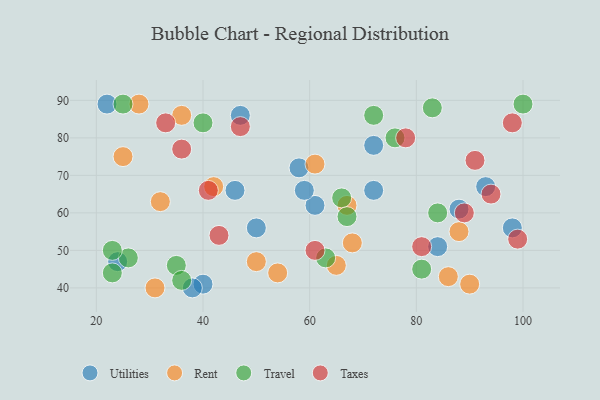
{"axis": {"x": "GDP", "y": "Life Expectancy"}, "legend": ["Rent", "Taxes", "Travel", "Utilities"], "data": [{"x": "22", "y": 89, "type": "Utilities"}, {"x": "46", "y": 66, "type": "Utilities"}, {"x": "61", "y": 62, "type": "Utilities"}, {"x": "47", "y": 86, "type": "Utilities"}, {"x": "84", "y": 51, "type": "Utilities"}, {"x": "98", "y": 56, "type": "Utilities"}, {"x": "59", "y": 66, "type": "Utilities"}, {"x": "93", "y": 67, "type": "Utilities"}, {"x": "58", "y": 72, "type": "Utilities"}, {"x": "40", "y": 41, "type": "Utilities"}, {"x": "24", "y": 47, "type": "Utilities"}, {"x": "38", "y": 40, "type": "Utilities"}, {"x": "50", "y": 56, "type": "Utilities"}, {"x": "72", "y": 78, "type": "Utilities"}, {"x": "72", "y": 66, "type": "Utilities"}, {"x": "88", "y": 61, "type": "Utilities"}, {"x": "67", "y": 62, "type": "Rent"}, {"x": "88", "y": 55, "type": "Rent"}, {"x": "50", "y": 47, "type": "Rent"}, {"x": "86", "y": 43, "type": "Rent"}, {"x": "32", "y": 63, "type": "Rent"}, {"x": "61", "y": 73, "type": "Rent"}, {"x": "90", "y": 41, "type": "Rent"}, {"x": "31", "y": 40, "type": "Rent"}, {"x": "68", "y": 52, "type": "Rent"}, {"x": "42", "y": 67, "type": "Rent"}, {"x": "54", "y": 44, "type": "Rent"}, {"x": "36", "y": 86, "type": "Rent"}, {"x": "28", "y": 89, "type": "Rent"}, {"x": "65", "y": 46, "type": "Rent"}, {"x": "25", "y": 75, "type": "Rent"}, {"x": "25", "y": 89, "type": "Travel"}, {"x": "100", "y": 89, "type": "Travel"}, {"x": "26", "y": 48, "type": "Travel"}, {"x": "72", "y": 86, "type": "Travel"}, {"x": "35", "y": 46, "type": "Travel"}, {"x": "66", "y": 64, "type": "Travel"}, {"x": "84", "y": 60, "type": "Travel"}, {"x": "40", "y": 84, "type": "Travel"}, {"x": "36", "y": 42, "type": "Travel"}, {"x": "23", "y": 44, "type": "Travel"}, {"x": "63", "y": 48, "type": "Travel"}, {"x": "67", "y": 59, "type": "Travel"}, {"x": "76", "y": 80, "type": "Travel"}, {"x": "23", "y": 50, "type": "Travel"}, {"x": "81", "y": 45, "type": "Travel"}, {"x": "83", "y": 88, "type": "Travel"}, {"x": "99", "y": 53, "type": "Taxes"}, {"x": "41", "y": 66, "type": "Taxes"}, {"x": "91", "y": 74, "type": "Taxes"}, {"x": "81", "y": 51, "type": "Taxes"}, {"x": "78", "y": 80, "type": "Taxes"}, {"x": "47", "y": 83, "type": "Taxes"}, {"x": "94", "y": 65, "type": "Taxes"}, {"x": "36", "y": 77, "type": "Taxes"}, {"x": "33", "y": 84, "type": "Taxes"}, {"x": "61", "y": 50, "type": "Taxes"}, {"x": "98", "y": 84, "type": "Taxes"}, {"x": "89", "y": 60, "type": "Taxes"}, {"x": "43", "y": 54, "type": "Taxes"}]}